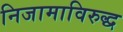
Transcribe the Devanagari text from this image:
निजामाविरुद्ध